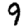
Digit: 9